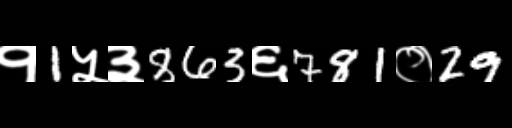
Text: १1५३863६781०29